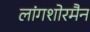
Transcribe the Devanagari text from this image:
लांगशोरमैन